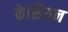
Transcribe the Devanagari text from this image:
केशियन